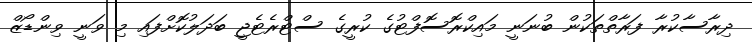
ދިރާސާކުރާ ފަރާތްތަކުން ބުނަނީ މައިކްރޮސޮފްޓުގެ ކުރީގެ ސްޓްރެޓެޖީ ބަދަލުކޮށްފައި މި ވަނީ ވިންޑޯޒް